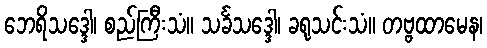
ဘေရိသဒ္ဒေါ၊ စည်ကြီးသံ။ သင်္ခသဒ္ဒေါ၊ ခရုသင်းသံ။ တဗ္ဗထာမေန၊